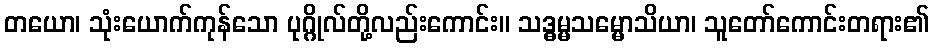
တယော၊ သုံးယောက်ကုန်သော ပုဂ္ဂိုလ်တို့လည်းကောင်း။ သဒ္ဓမ္မသမ္မောသိယာ၊ သူတော်ကောင်းတရား၏